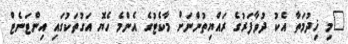
"މި ޚިދުމަތާ އެކު ދުވާފަރުގެ ރައްޔިތުންނަށް މާކެޓުގެ އެންމެ ހެޔޮ އަގުތަކުގައި އިންޓަނެޓް